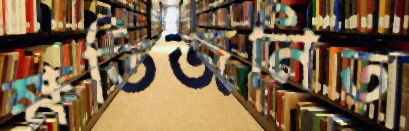
ক্ষতিজনিত